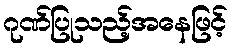
ဂုဏ်ပြုသည့်အနေဖြင့်